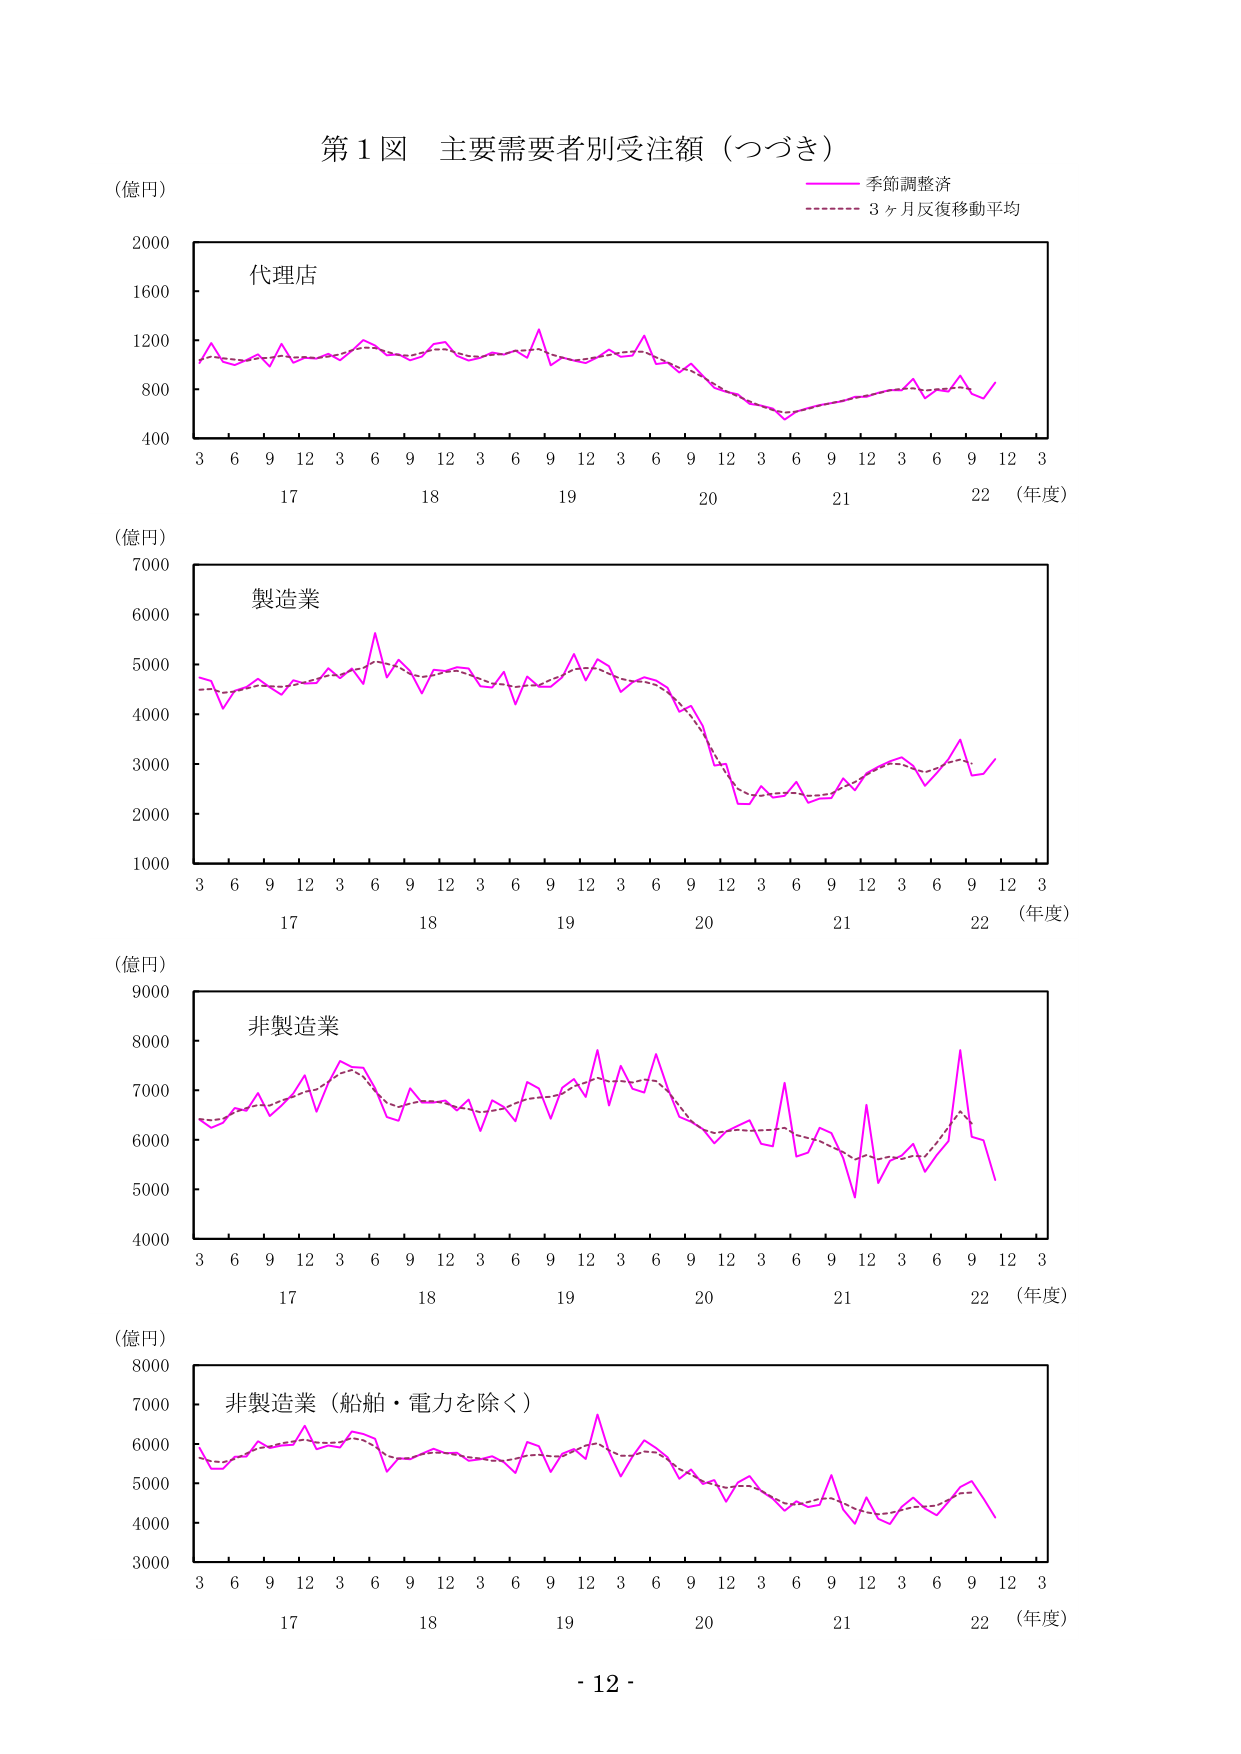
第１図 主要需要者別受注額（つづき）
（億円）
季節調整済
3ヶ月反復移動平均
代理店
（年度）
3 6 9 12 3 6 9 12 3 6 9 12 3 6 9 12 3 6 9 12 3
17 18 19 20 21 22
製造業
（年度）
3 6 9 12 3 6 9 12 3 6 9 12 3 6 9 12 3 6 9 12 3
17 18 19 20 21 22
非製造業
（年度）
3 6 9 12 3 6 9 12 3 6 9 12 3 6 9 12 3 6 9 12 3
17 18 19 20 21 22
非製造業（船舶・電力を除く）
（年度）
3 6 9 12 3 6 9 12 3 6 9 12 3 6 9 12 3 6 9 12 3
17 18 19 20 21 22
- 12 -